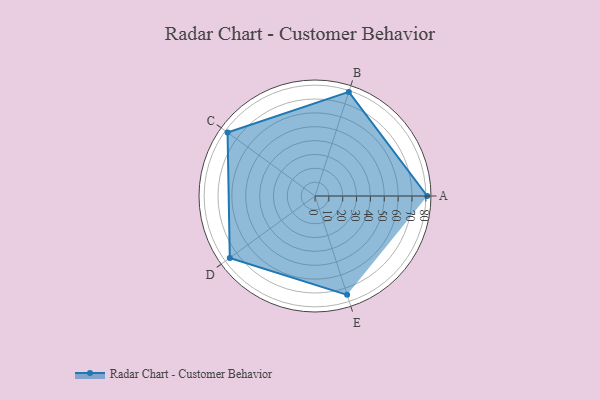
{"axis": {"x": "Skill", "y": "Score"}, "legend": ["Profile"], "data": [{"x": "A", "y": 81.0, "type": "Profile"}, {"x": "B", "y": 79.0, "type": "Profile"}, {"x": "C", "y": 78.0, "type": "Profile"}, {"x": "D", "y": 76.0, "type": "Profile"}, {"x": "E", "y": 75.0, "type": "Profile"}]}